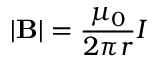
| \mathbf { B } | = { \frac { \mu _ { 0 } } { 2 \pi r } } I